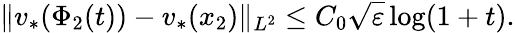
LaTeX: \| v_{*}(\Phi_{2}(t))-v_{*}(x_{2})\| _{L^{2}}\leq C_{0}\sqrt{\varepsilon}\log(1+t).